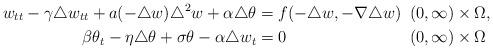
LaTeX: \begin{align*}w_{tt} - \gamma \triangle w_{tt} + a(-\triangle w) \triangle^{2} w + \alpha \triangle \theta &= f(-\triangle w, -\nabla \triangle w)\phantom{0} (0, \infty) \times \Omega, \\\beta \theta_{t} - \eta \triangle \theta + \sigma \theta - \alpha \triangle w_{t} &= 0\phantom{f(-\triangle w, -\nabla \triangle w)} (0, \infty) \times \Omega\end{align*}